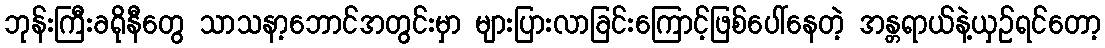
ဘုန်းကြီးခရိုနီတွေ သာသနာ့ဘောင်အတွင်းမှာ များပြားလာခြင်းကြောင့်ဖြစ်ပေါ်နေတဲ့ အန္တရာယ်နဲ့ယှဉ်ရင်တော့